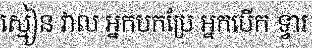
ស្មៀន វាល អ្នកបកប្រែ អ្នកបើក ទ្វារ